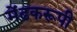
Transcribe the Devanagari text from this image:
मेंढकरूपी